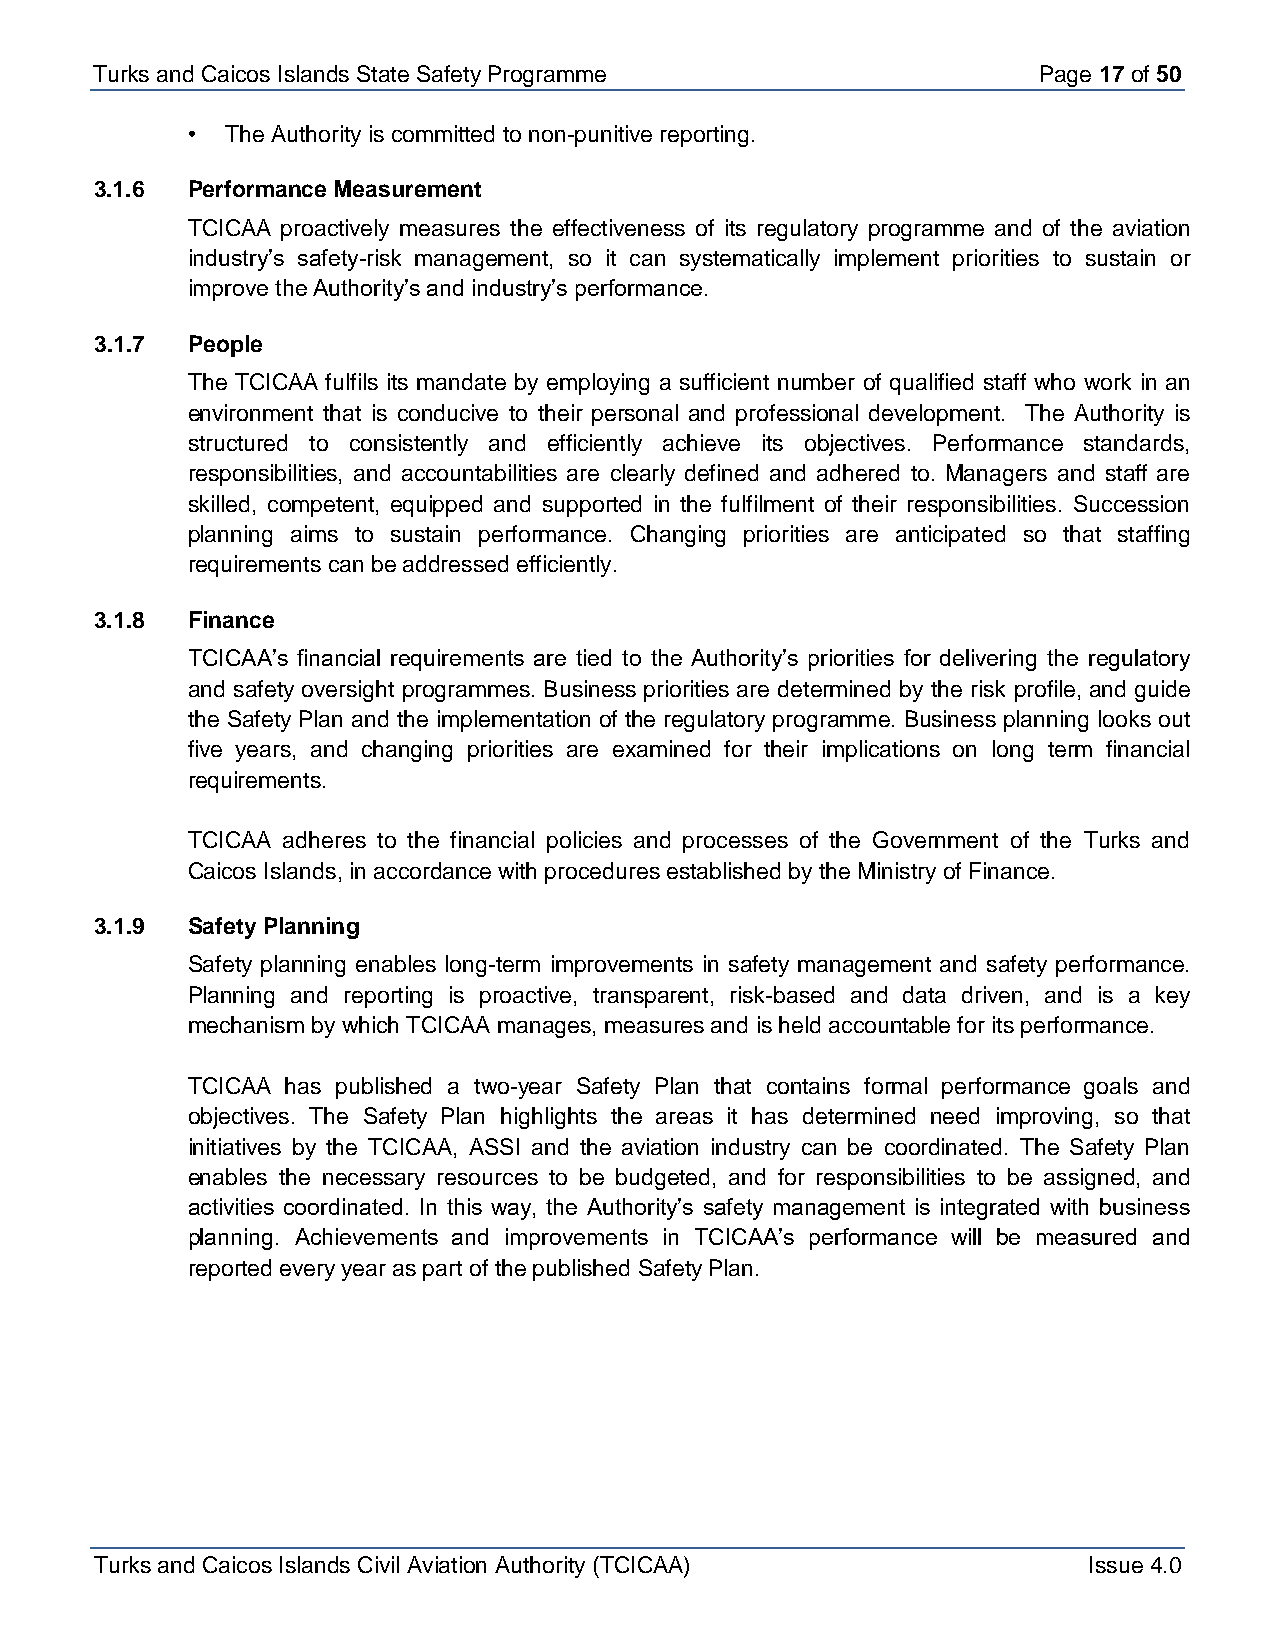
Turks and Caicos Is lands State Safety Programme               Page 17 of 50
 •  The Authority is committed to non-punitive reporting.
 3.1.6 Performance Measurement
 TCICAA proactively measures the effectiveness of its regulatory programme and of the aviation
 industry’s safety-risk management, so it can systematically implement priorities to sustain or
 improve the Authority’s and industry’s performance.
 3.1.7 People
 The TCICAA fulfils its mandate by employing a sufficient number of qualified staff who work in an
 environment that is conducive to their personal and professional development. The Authority is
 structured to consistently and efficiently achieve its objectives. Performance standards,
 responsibilities, and accountabilities are clearly defined and adhered to. Managers and staff are
 skilled, competent, equipped and supported in the fulfilment of their responsibilities. Succession
 planning aims to sustain performance. Changing priorities are anticipated so that staffing
 requirements can be addressed efficiently.
 3.1.8 Finance
 TCICAA’s financial requirements are tied to the Authority’s priorities for delivering the regulatory
 and safety oversight programmes. Business priorities are determined by the risk profile, and guide
 the Safety Plan and the implementation of the regulatory programme. Business planning looks out
 five years, and changing priorities are examined for their implications on long term financial
 requirements.
 TCICAA adheres to the financial policies and processes of the Government of the Turks and
 Caicos Islands, in accordance with procedures established by the Ministry of Finance.
 3.1.9 Safety Planning
 Safety planning enables long-term improvements in safety management and safety performance.
 Planning and reporting is proactive, transparent, risk-based and data driven, and is a key
 mechanism by which TCICAA manages, measures and is held accountable for its performance.
 TCICAA has published a two-year Safety Plan that contains formal performance goals and
 objectives. The Safety Plan highlights the areas it has determined need improving, so that
 initiatives by the TCICAA, ASSI and the aviation industry can be coordinated. The Safety Plan
 enables the necessary resources to be budgeted, and for responsibilities to be assigned, and
 activities coordinated. In this way, the Authority’s safety management is integrated with business
 planning. Achievements and improvements in TCICAA’s performance will be measured and
 reported every year as part of the published Safety Plan.
 Turks and Caicos Islands Civil Aviation Authority (TCICAA)        Issue 4.0